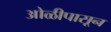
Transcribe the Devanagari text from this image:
ओळीपासून